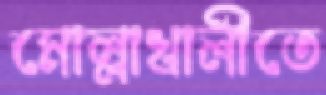
মোল্লাখালীতে